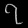
Digit: ၇